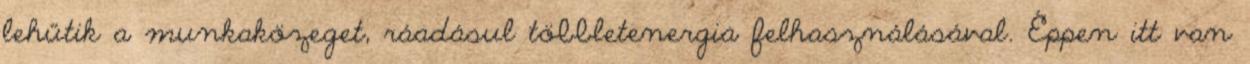
lehűtik a munkaközeget, ráadásul többletenergia felhasználásával. Éppen itt van